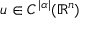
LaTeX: u \in C ^ { | \alpha | } ( \mathbb { R } ^ { n } )